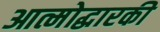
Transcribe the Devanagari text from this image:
आत्मोद्धारकी